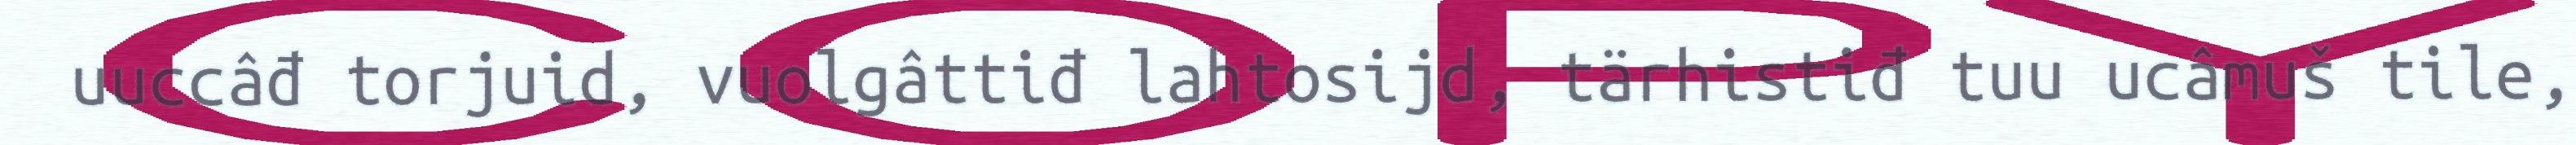
uuccâđ torjuid, vuolgâttiđ lahtosijd, tärhistiđ tuu ucâmuš tile,